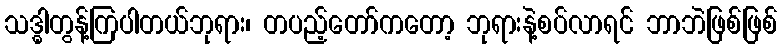
သဒ္ဓါတွန့်ကြပါတယ်ဘုရား၊ တပည့်တော်ကတော့ ဘုရားနဲ့စပ်လာရင် ဘာဘဲဖြစ်ဖြစ်